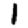
Digit: 1